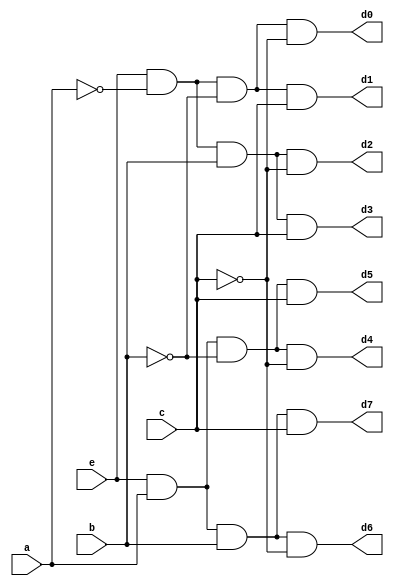
`timescale 1ns / 1ps
//////////////////////////////////////////////////////////////////////////////////
// Company: 
// Engineer: 
// 
// Design Name: 
// Module Name: Decoder_Structural
// Project Name: 
// Target Devices: 
// Tool Versions: 
// Description: 
// 
// Dependencies: 
// 
// Revision:
// Revision 0.01 - File Created
// Additional Comments:
// 
//////////////////////////////////////////////////////////////////////////////////


module Decoder_structural(
    input e,
    input a,
    input b,
    input c,
    output d0,
    output d1,
    output d2,
    output d3,
    output d4,
    output d5,
    output d6,
    output d7
    );
    
    wire a_not, b_not, c_not;
    
    not n0 (a_not, a);
    not n1 (b_not, b);
    not n2 (c_not, c);
    
    and g0 (d0, e, a_not, b_not, c_not);
    and g1 (d1, e, a_not, b_not, c);
    and g2 (d2, e, a_not, b, c_not);
    and g3 (d3, e, a_not, b, c);
    and g4 (d4, e, a, b_not, c_not);
    and g5 (d5, e, a, b_not, c);
    and g6 (d6, e, a, b, c_not);
    and g7 (d7, e, a, b, c);
endmodule